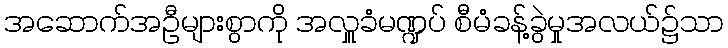
အဆောက်အဦများစွာကို အလှူခံမဏ္ဍပ် စီမံခန့်ခွဲမှုအလယ်၌သာ